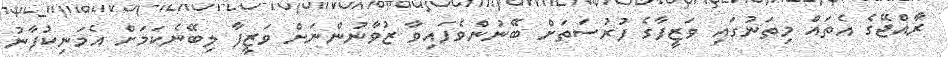
ރާއްޖޭގެ އެތައް މިތަނުގައި ވަޒީފާގެ ފުރުސަތަށް ބޭނުންވެފައިވާ ޒުވާނުންނަށް ވަޒީފާ ލިބޭނެކަމަށް އެމަނިކުފާނު